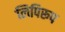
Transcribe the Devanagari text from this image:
लिपिरूप